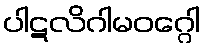
ပါဋလိဂါမဝဂ္ဂေါ